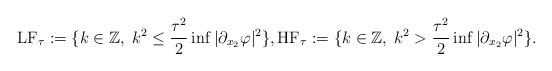
LaTeX: \begin{align*}\mathrm{LF}_{\tau}:=\{ k\in\mathbb Z,\; k^{2}\leq \frac{\tau^{2}}{2}\inf |\partial_{x_2}\varphi |^{2 } \},\mathrm{HF}_{\tau}:=\{ k\in\mathbb Z,\; k^{2}> \frac{\tau^{2}}{2}\inf |\partial_{x_2}\varphi |^{2 } \}.\end{align*}